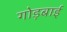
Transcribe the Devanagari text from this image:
गोड़बाई